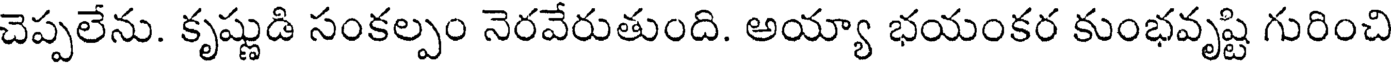
చెప్పలేను. కృష్ణుడి సంకల్పం నెరవేరుతుంది. అయ్యా భయంకర కుంభవృష్టి గురించి